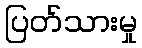
ပြတ်သားမှု